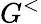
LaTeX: G^{<}